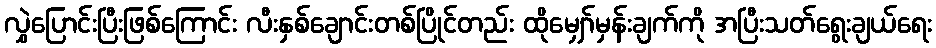
လွှဲပြောင်းပြီးဖြစ်ကြောင်း လီးနှစ်ချောင်းတစ်ပြိုင်တည်း ထိုမျှော်မှန်းချက်ကို အပြီးသတ်ရွေးချယ်ရေး